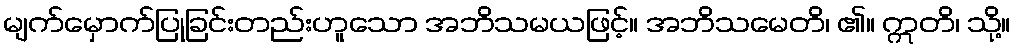
မျက်မှောက်ပြုခြင်းတည်းဟူသော အဘိသမယဖြင့်။ အဘိသမေတိ၊ ၏။ ဣတိ၊ သို့။